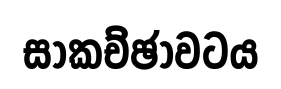
සාකච්ඡාවටය